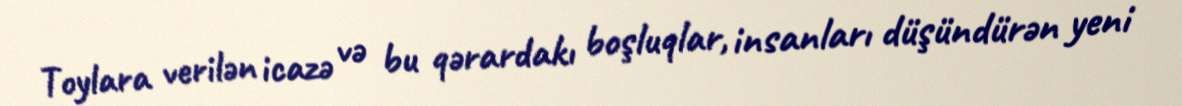
Toylara verilən icazə və bu qərardakı boşluqlar, insanları düşündürən yeni